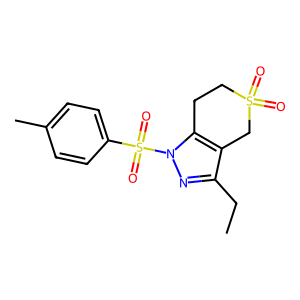
SMILES: CCc1nn(S(=O)(=O)c2ccc(C)cc2)c2c1CS(=O)(=O)CC2
Inhibits HIV replication: No